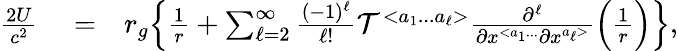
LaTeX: \begin{array}{rlr}{\frac{2U}{c^{2}}}&{{}=}&{r_{g}\Big\{ \frac{1}{r}+\sum_{\ell=2}^{\infty}\frac{(-1)^{\ell}}{\ell!}{\cal T}^{<a_{1}...a_{\ell}>}\frac{\partial^{\ell}}{\partial x^{<a_{1}...}\partial x^{a_{\ell}>}}\Big(\frac{1}{r}\Big)\Big\} ,}\end{array}